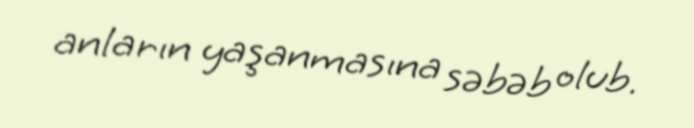
anların yaşanmasına səbəb olub.